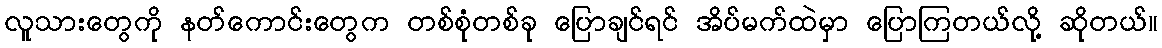
လူသားတွေကို နတ်ကောင်းတွေက တစ်စုံတစ်ခု ပြောချင်ရင် အိပ်မက်ထဲမှာ ပြောကြတယ်လို့ ဆိုတယ်။